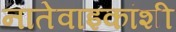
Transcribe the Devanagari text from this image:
नातेवाइकांशी